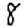
Digit: 8